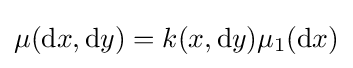
\mu (\mathrm {d} x,\mathrm {d} y)=k(x,\mathrm {d} y)\mu _{1}(\mathrm {d} x)